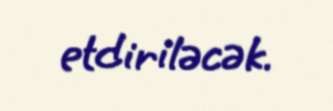
etdiriləcək.